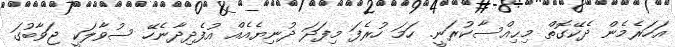
އަހަރެމެން ދެކޭގޮތް މިޙިއްސާކުރަނީ. ހަމަ ހުރެފަ މިފަދަ ދުނިޔެއެއް އުފެދިދާނެހޭ ސުވާލަކީ ޖަވާބުގަ